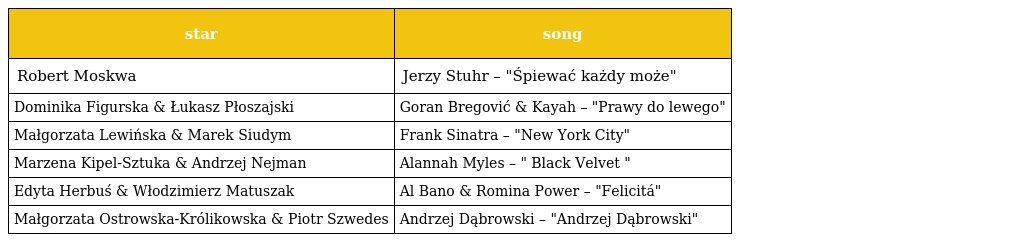
| star | song |
 | --- | --- |
 | Robert Moskwa | Jerzy Stuhr – "Śpiewać każdy może" |
 | Dominika Figurska & Łukasz Płoszajski | Goran Bregović & Kayah – "Prawy do lewego" |
 | Małgorzata Lewińska & Marek Siudym | Frank Sinatra – "New York City" |
 | Marzena Kipel-Sztuka & Andrzej Nejman | Alannah Myles – " Black Velvet " |
 | Edyta Herbuś & Włodzimierz Matuszak | Al Bano & Romina Power – "Felicitá" |
 | Małgorzata Ostrowska-Królikowska & Piotr Szwedes | Andrzej Dąbrowski – "Andrzej Dąbrowski" |